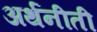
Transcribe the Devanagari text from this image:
अर्थनीती